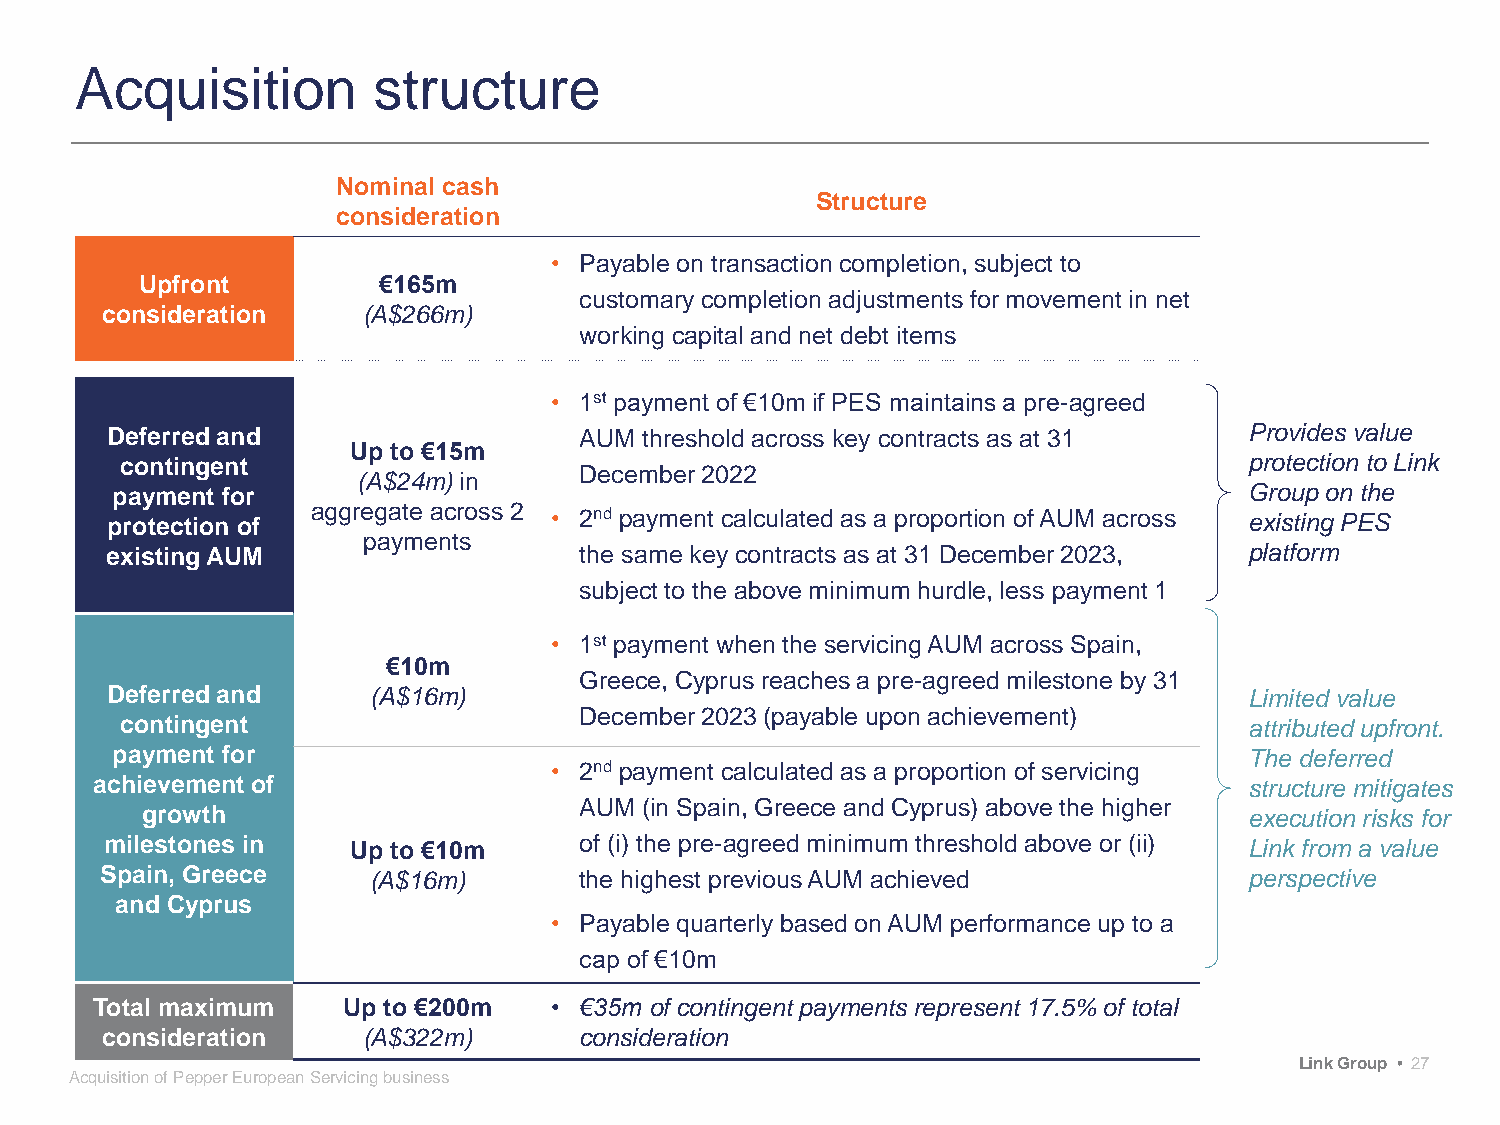
Acquisition         structure
 Nominal cash
 Structure
 consideration
 • Payable on transaction completion, subject to
 Upfront         €165m
 customary completion adjustments for movement in net
 consideration    (A$266m)
 working capital and net debt items
 • 1st payment of €10m if PES maintains a pre-agreed
 Deferred and                   AUM threshold across key contracts as at 31  Provides value
 Up to €15m
 contingent                                                                 protection to Link
 December 2022
 (A$24m) in
 payment for                                                                 Group on the
 protection of aggregate across 2 • 2nd payment calculated as a proportion of AUM across existing PES
 payments
 existing AUM                   the same key contracts as at 31 December 2023, platform
 subject to the above minimum hurdle, less payment 1
 • 1st payment when the servicing AUM across Spain,
 €10m
 Greece, Cyprus reaches a pre-agreed milestone by 31
 Deferred and     (A$16m)                                                    Limited value
 December 2023 (payable upon achievement)
 contingent                                                                 attributed upfront.
 payment for                                                                 The deferred
 • 2nd payment calculated as a proportion of servicing
 achievement of                                                               structure mitigates
 AUM (in Spain, Greece and Cyprus) above the higher
 growth                                                                    execution risks for
 milestones in   Up to €10m     of (i) the pre-agreed minimum threshold above or (ii) Link from a value
 Spain, Greece    (A$16m)       the highest previous AUM achieved            perspective
 and Cyprus
 • Payable quarterly based on AUM performance up to a
 cap of €10m
 Total maximum    Up to €200m  • €35m of contingent payments represent 17.5% of total
 consideration    (A$322m)      consideration
 Link Group • 27
 Acquisition of Pepper European Servicing business